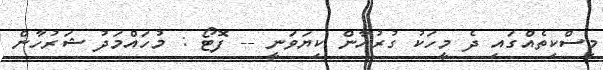
މިސްކިތެއްގައި ދެ މީހަކު ގުރުއާން ކިޔަވަނީ -- ފޮޓޯ : މުހައްމަދު ޝަރުހާން